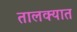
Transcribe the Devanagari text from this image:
तालक्यात